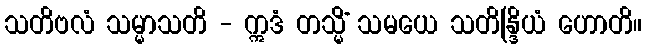
သတိဗလံ သမ္မာသတိ - ဣဒံ တသ္မိံ သမယေ သတိန္ဒြိယံ ဟောတိ။